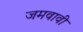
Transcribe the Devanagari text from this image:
जमवावी